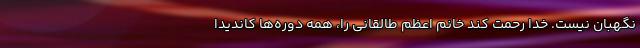
نگهبان نیست. خدا رحمت کند خانم اعظم طالقانی را، همه دوره‌ها کاندیدا